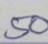
50